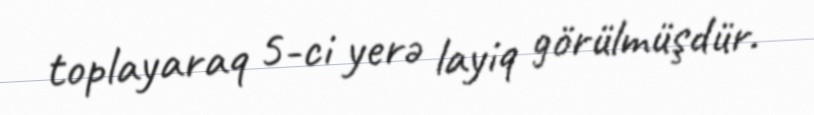
toplayaraq 5-ci yerə layiq görülmüşdür.